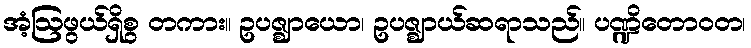
အံ့ဩဖွယ်ရှိစွ တကား။ ဥပဇ္ဈာယော၊ ဥပဇ္ဈာယ်ဆရာသည်။ ပဏ္ဍိတောဝတ၊